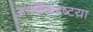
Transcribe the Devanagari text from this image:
आर्थिकदृष्टय़ा